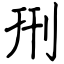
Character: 𠛬